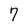
Character: 7